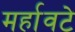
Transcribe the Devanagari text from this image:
मर्हावटे